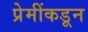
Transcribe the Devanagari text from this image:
प्रेमींकडून